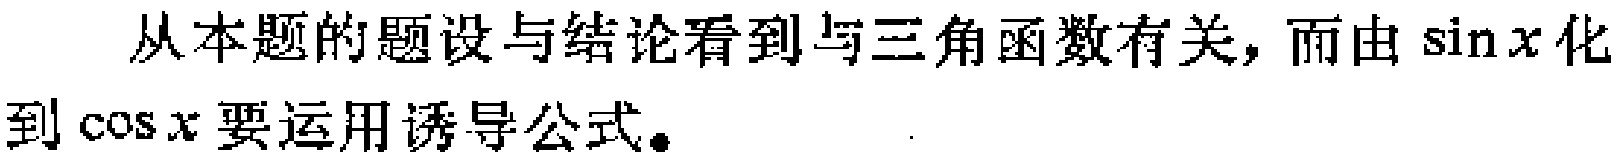
从本题的题设与结论看到与三角函数有关, 而由\(\sin x\)化到\(\cos x\)要运用诱导公式。